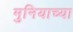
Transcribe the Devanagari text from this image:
मुनियाच्या